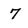
Character: 7